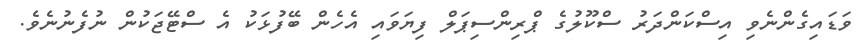
ވަޑައިގެންނެވި އިސްކަންދަރު ސްކޫލުގެ ޕްރިންސިޕަލް ފިޔަވައި އެހެން ބޭފުޅަކު އެ ސްޓޭޖަކުން ނުފެނުނެވެ.